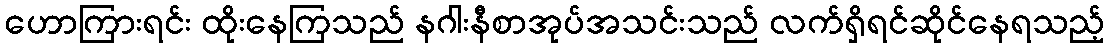
ဟောကြားရင်း ထိုးနေကြသည် နဂါးနီစာအုပ်အသင်းသည် လက်ရှိရင်ဆိုင်နေရသည့်